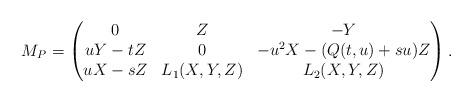
LaTeX: \begin{align*}M_P = \begin{pmatrix}0 & Z & -Y \\uY - tZ & 0 & - u^2 X - (Q(t, u) + su) Z \\u X - s Z & L_1(X, Y, Z) & L_2(X, Y, Z)\end{pmatrix}.\end{align*}